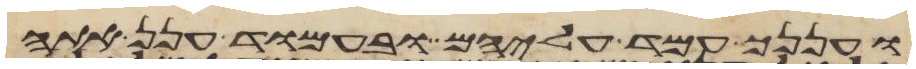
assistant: ועננך עמד עליהם ובעמוד ענן אתה